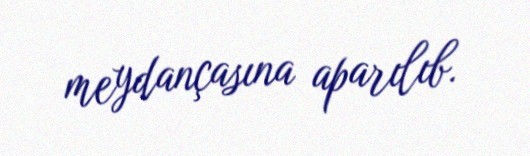
meydançasına aparılıb.